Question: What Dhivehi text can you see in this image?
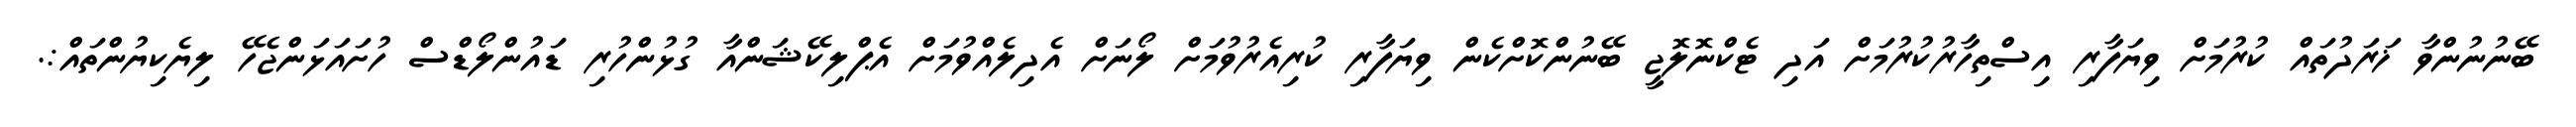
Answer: ބޭނުނުންވާ ޚަރަދުތައް ކުރުމަށް ވިޔަފާރި އިސްތިހާރުކުރުމަށް އަދި ޓެކްނޮލޮޖީ ބޭނުންކޮށްކެން ވިޔަފާރި ކުރިއެރުވުމަށް ލޯނަށް އެދިލެއްވުމަށް އެޕްލިކޭޝަންއާ ގުޅުންހުރި ޑައުންލޯޑްސް ހުށައަޅަންޖެހޭ ލިޔެކިޔުންތައް:.